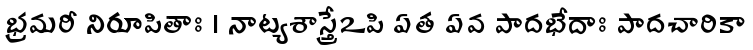
భ్రమరీ నిరూపితాః । నాట్యశాస్త్రేఽపి ఏత ఏవ పాదభేదాః పాదచారికా